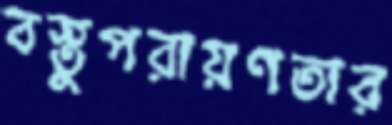
বস্তুপরায়ণতার